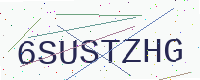
Text: 6SUSTZHG